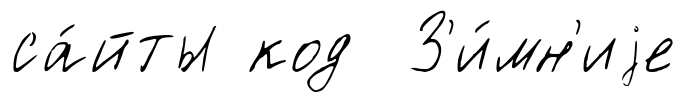
са́йты код З'и́мн'иjе